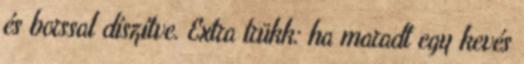
és borssal díszítve. Extra trükk: ha maradt egy kevés